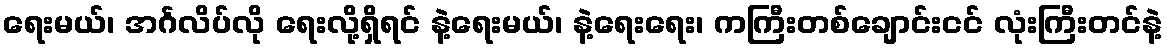
ရေးမယ်၊ အင်္ဂလိပ်လို ရေးလို့ရှိရင် နဲ့ရေးမယ်၊ နဲ့ရေးရေး၊ ကကြီးတစ်ချောင်းငင် လုံးကြီးတင်နဲ့